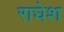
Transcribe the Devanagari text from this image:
राघेश